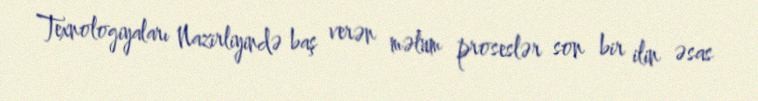
Texnologiyaları Nazirliyində baş verən məlum proseslər son bir ilin əsas